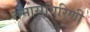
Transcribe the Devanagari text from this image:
तमासगिरिणी